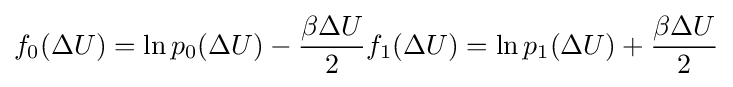
f_{0}(\Delta U)=\ln p_{0}(\Delta U)-{\frac {\beta \Delta U}{2}}f_{1}(\Delta U)=\ln p_{1}(\Delta U)+{\frac {\beta \Delta U}{2}}